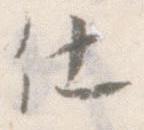
仕